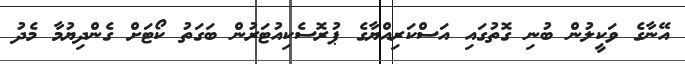
އޭނާގެ ވަކީލުން ބުނި ގޮތުގައި އަސްކަރިއްޔާގެ ޕުރޮސެކިއުޓަރުން ބަގަތު ކޯޓަށް ގެންދިޔުމާ މެދު